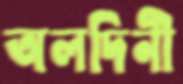
অলদিনী